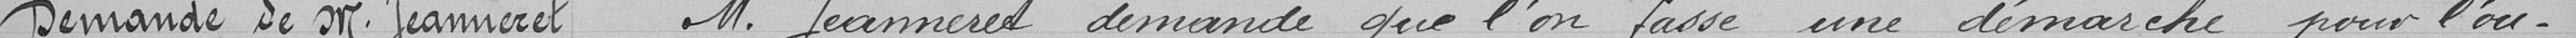
Demande de monsieur Jeanneret. Monsieur Jeanneret demande que l'on fasse une démarche pour l'ou-